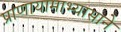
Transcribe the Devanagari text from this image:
प्राणायामाभ्यासाने